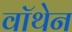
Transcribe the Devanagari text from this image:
वॉथेन